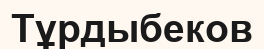
Тұрдыбеков